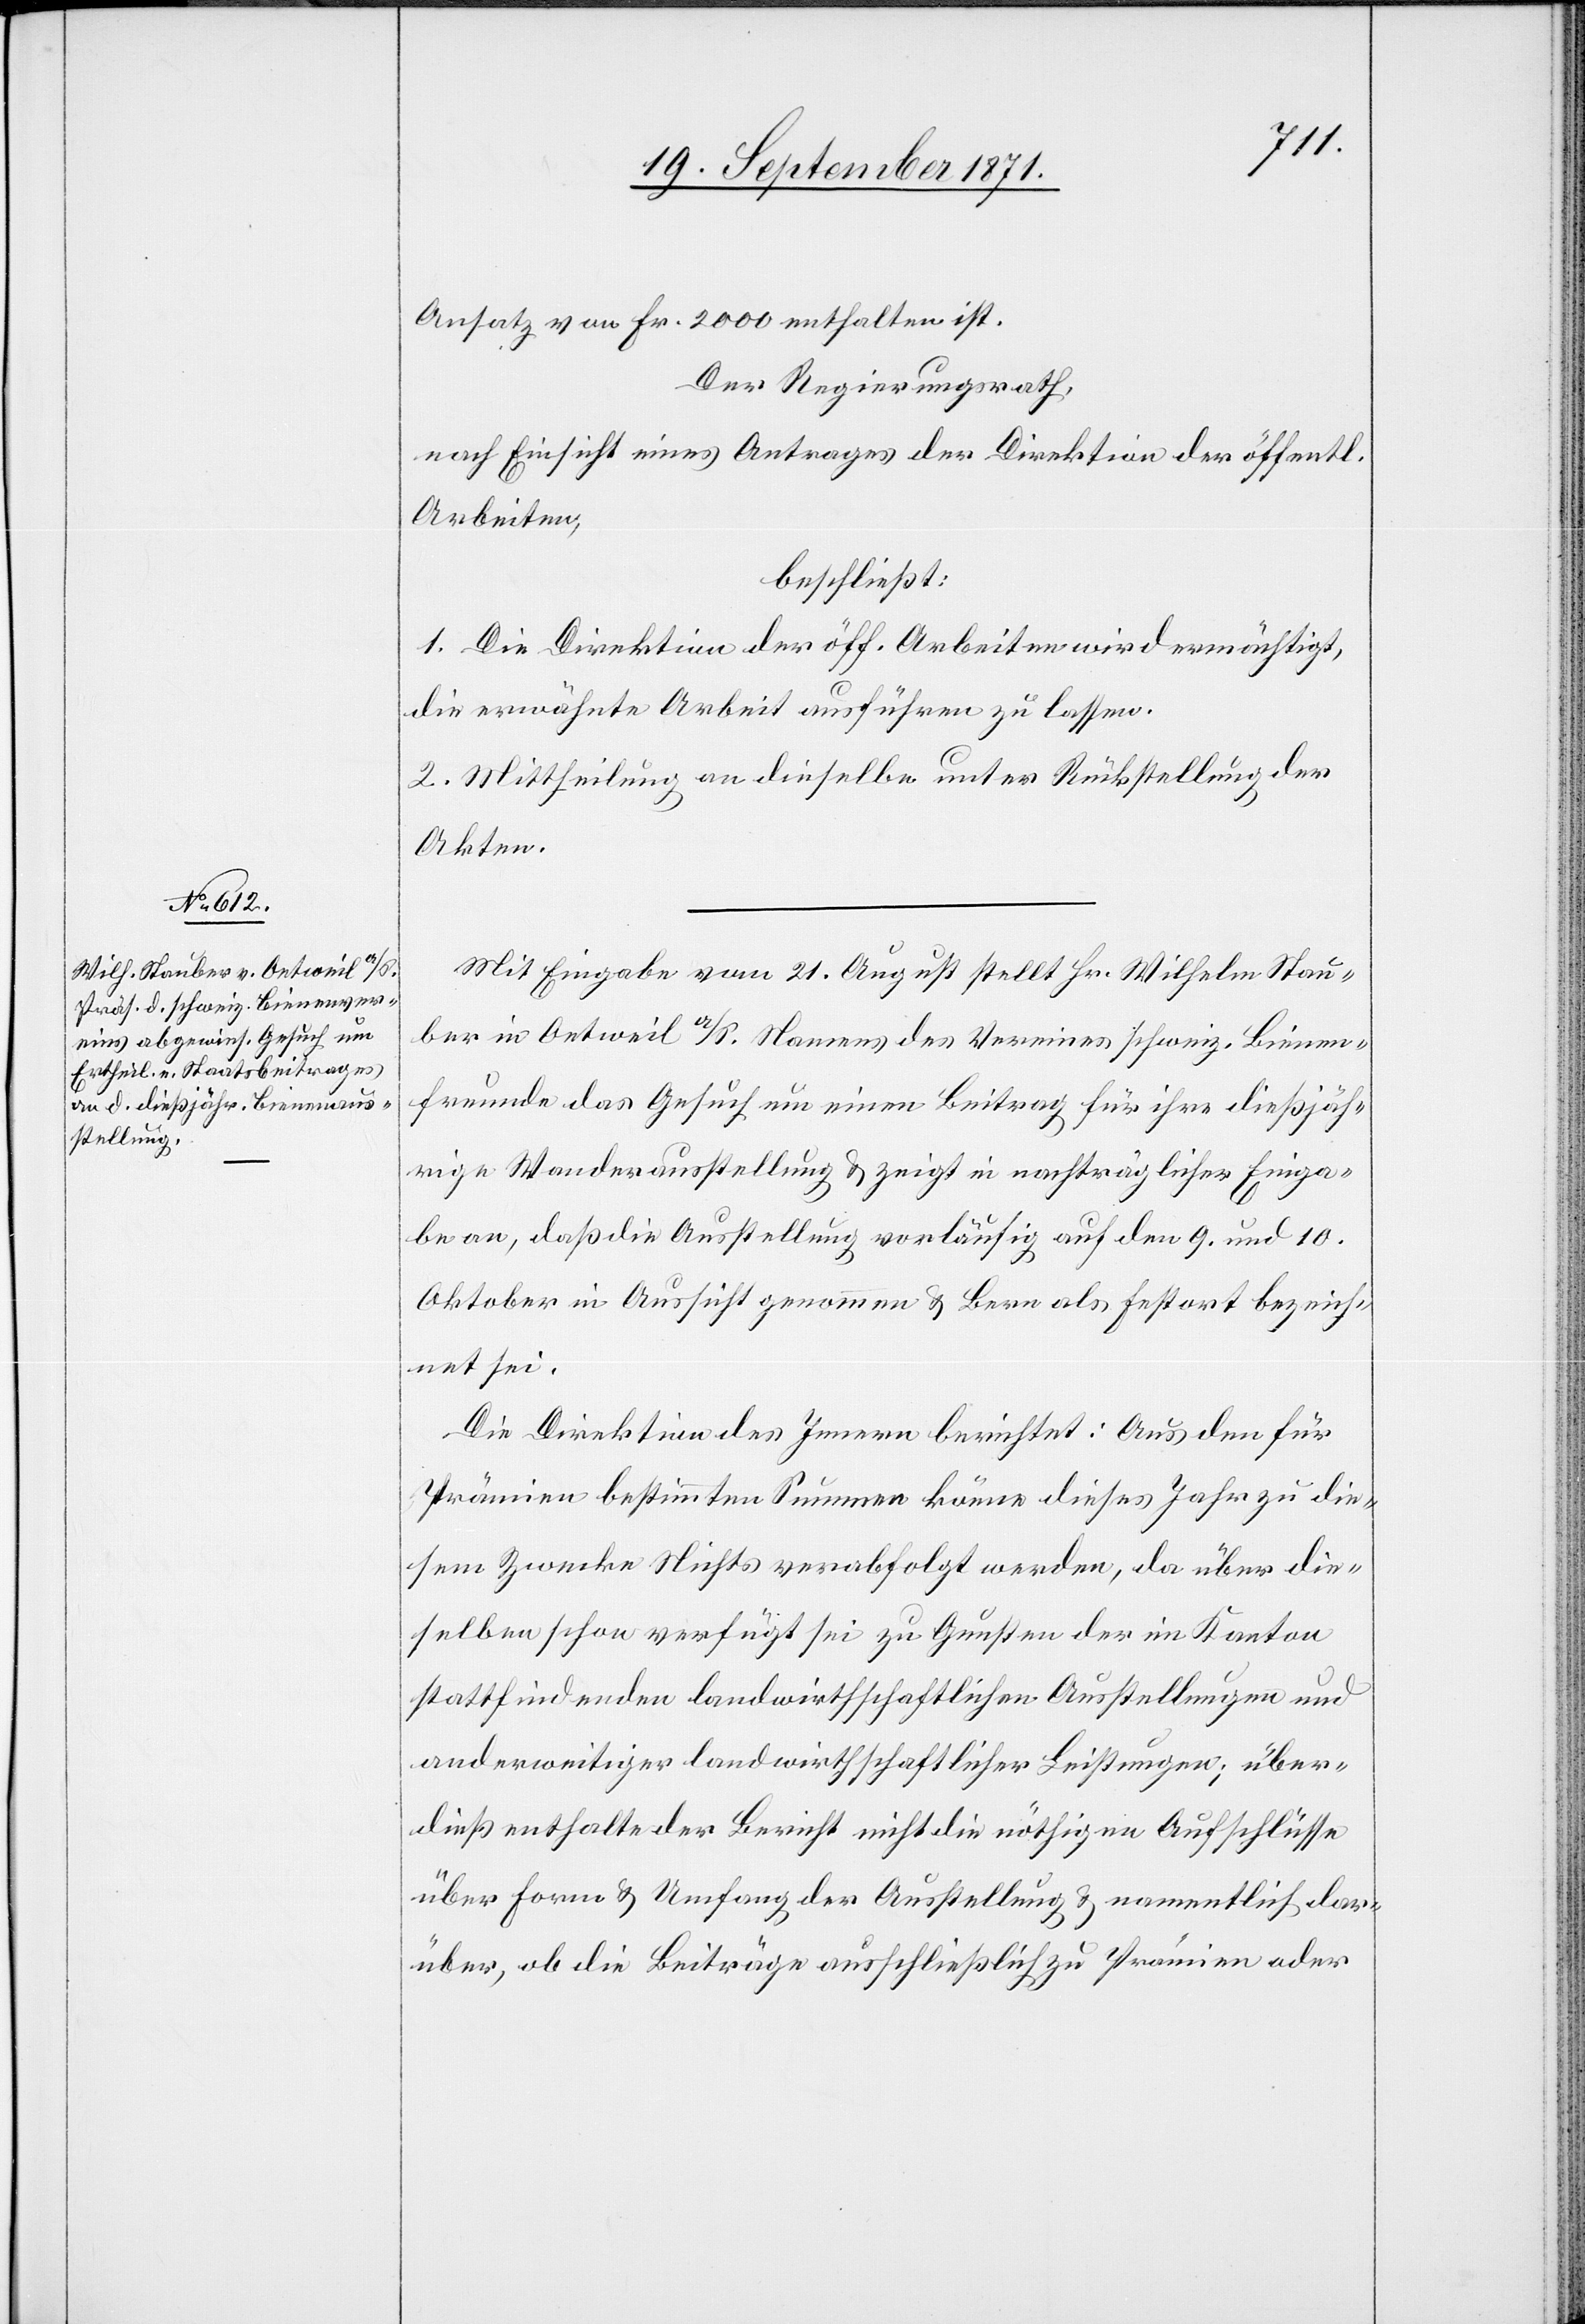
Ansatz von Fr. 2000 enthalten ist.
Der Regierungsrath,
nach Einsicht eines Antrages der Direktion der öffentl.
Arbeiten,
beschließt:
1. Die Direktion der öff. Arbeiten wird ermächtigt,
die erwähnte Arbeit ausführen zu lassen.
2. Mittheilung an dieselbe unter Rückstellung der
Akten.
Mit Eingabe vom 21. August stellt Hr. Wilhelm Stau¬
ber in Oetweil a/S. Namens des Vereines schweiz. Bienen¬
freunde das Gesuch um einen Beitrag für ihre dießjäh¬
rige Wanderausstellung & zeigt in nachträglicher Einga¬
be an, daß die Ausstellung vorläufig auf den 9. und 10.
Oktober in Absicht genommen & Bern als Festort bezeich¬
net sei.
Die Direktion des Innern berichtet: Aus den für
Prämien bestimmten Summen könne dieses Jahr zu die¬
sem Zwecke Nichts verabfolgt werden, da über die¬
selben schon verfügt sei zu Gunsten der im Kanton
stattfindenden landwirtschaftlichen Ausstellungen und
anderweitiger landwirtschaftlicher Leistungen; über¬
dieß enthalte der Bericht nicht die nöthigen Aufschlüsse
über Form & Umfang der Ausstellung & namentlich dar¬
über, ob die Beiträge ausschließlich zu Prämien oder